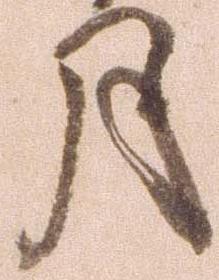
月